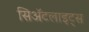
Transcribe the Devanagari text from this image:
सिॲटलाइट्स